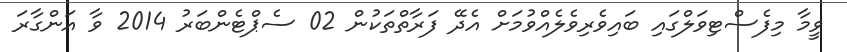
ވީމާ މިފެސްޓިވަލްގައި ބައިވެރިވެލެއްވުމަށް އެދޭ ފަރާތްތަކުން 02 ސެޕްޓެންބަރު 2014 ވާ އަންގާރަ